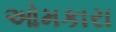
ઓમકારા